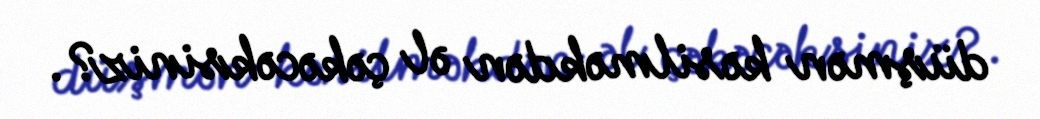
düşmən kəsilməkdən əl çəkəcəksiniz?.